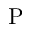
\mathrm { P }